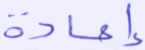
إعادة